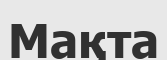
Мақта